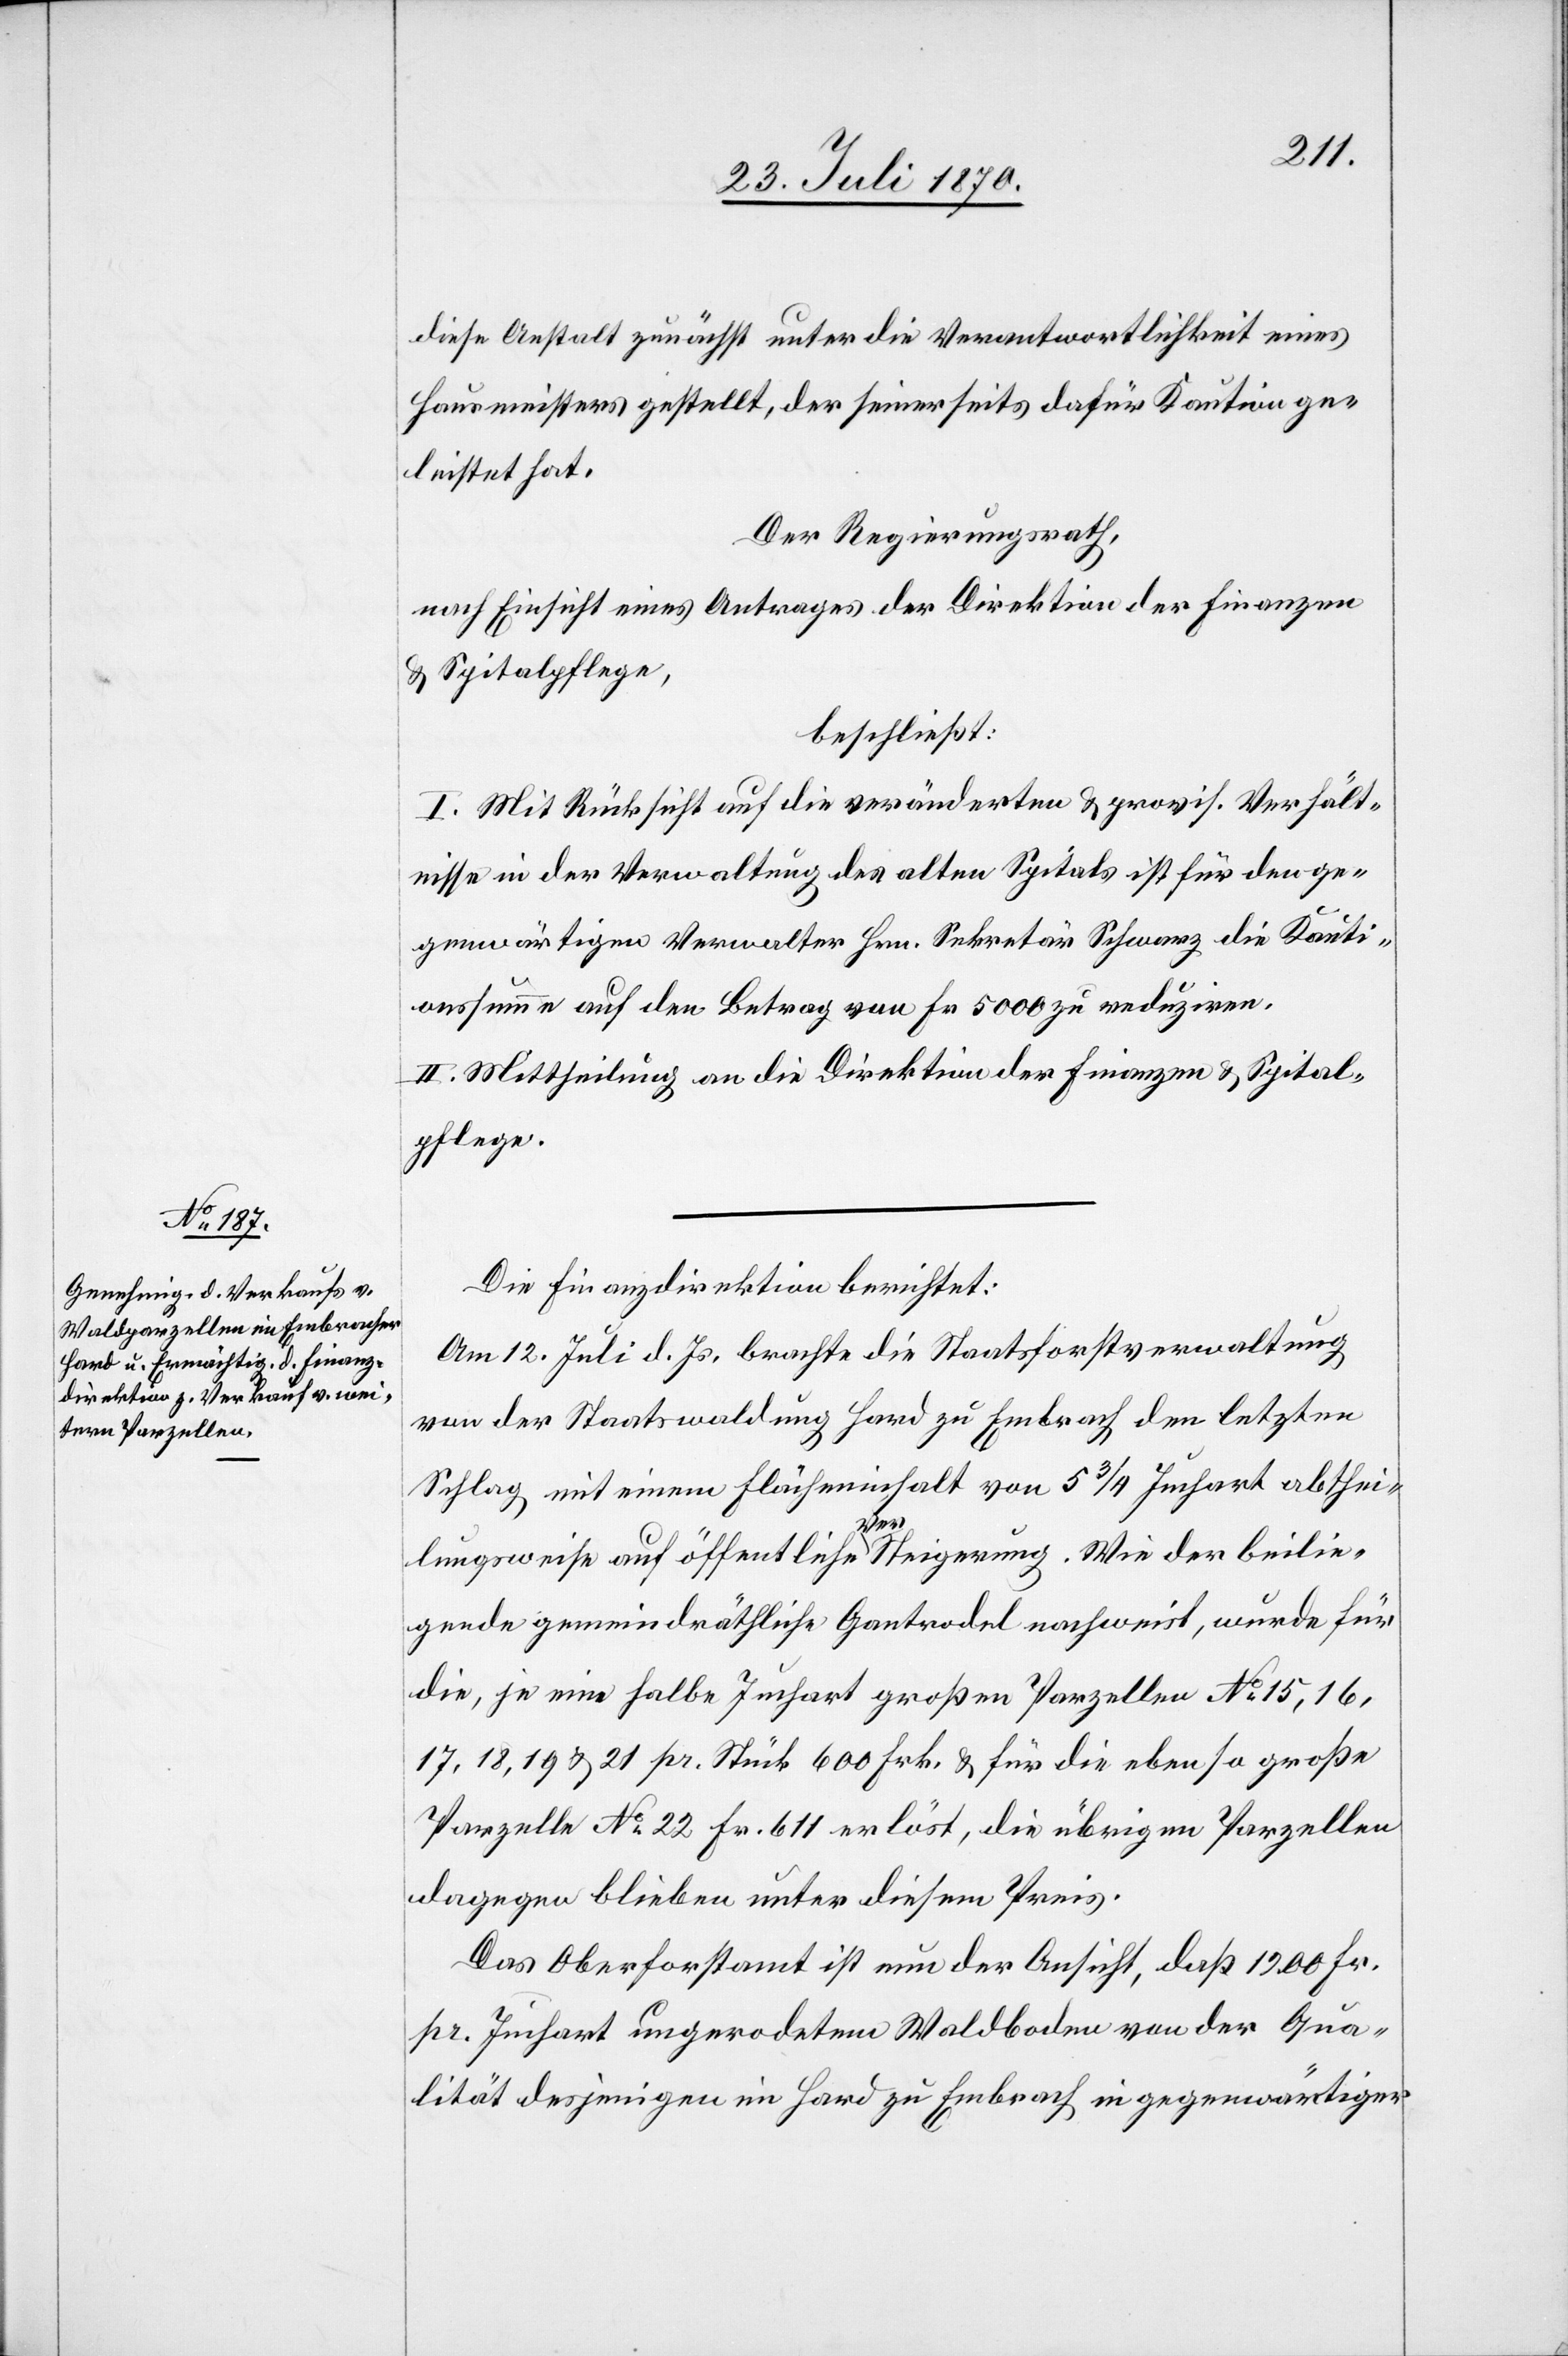
diese Anstalt zunächst unter die Verantwortlichkeit eines
Hausmeisters gestellt, der seinerseits dafür Kaution ge¬
leistet hat.
Der Regierungsrath,
nach Einsicht eines Antrages der Direktion der Finanzen
& Spitalpflege,
beschließt:
I. Mit Rücksicht auf die veränderten & provis. Verhält¬
nisse in der Verwaltung des alten Spitals ist für den ge¬
genwärtigen Verwalter Hrn. Sekretär Schwarz die Kauti¬
onssumme auf den Betrag von Fr. 5000 zu reduziren.
II. Mittheilung an die Direktion der Finanzen & Spital¬
pflege.
Die Finanzdirektion berichtet:
Am 12. Juli d. Js. brachte die Staatsforstverwaltung
von der Staatswaldung Hard zu Embrach den letzten
Schlag mit einem Flächeninhalt von 5 3/4 Juchart abthei¬
lungsweise auf öffentliche a-Ver-aSteigerung. Wie der beilie¬
gende gemeindräthliche Gantrodel nachweist, wurde für
die, je eine halbe Juchart großen Parzellen No 15, 16,
17, 18, 19 & 21 pr. Stück 600 Frk. & für die eben so große
Parzelle No 22 Fr. 611 erlöst, die übrigen Parzellen
dagegen blieben unter diesem Preis.
Das Oberforstamt ist nun der Ansicht, daß 1200 Fr.
pr. Juchart ungerodeten Waldboden von der Qua¬
lität desjenigen im Hard zu Embrach in gegenwärtiger